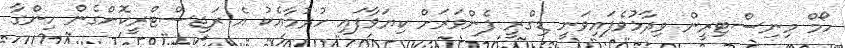
ހޯމް މިނިސްޓިރީން ވިދާޅުވެފައިވަނީ ޑިގްރީ ފެންވަރަށް ކިޔަވާފައި ހުރުމާއެކު އެ ރަޖިސްޓްރީކޮށްގެން ހިންގާ